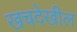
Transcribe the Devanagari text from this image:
खचदेखील